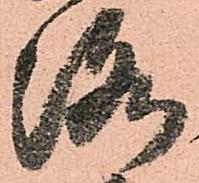
洛